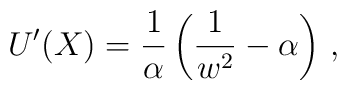
U'(X)=\frac 1\alpha \left( \frac 1{w^2} -\alpha \right)\,,